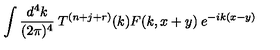
\int \frac { d ^ { 4 } k } { ( 2 \pi ) ^ { 4 } } \: T ^ { ( n + j + r ) } ( k ) F ( k , x + y ) \: e ^ { - i k ( x - y ) }